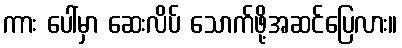
ကား ပေါ်မှာ ဆေးလိပ် သောက်ဖို့အဆင်ပြေလား။